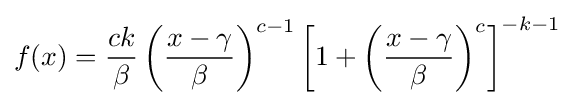
f(x)={\frac {ck}{\beta }}\left({\frac {x-\gamma }{\beta }}\right)^{c-1}\left[1+\left({\frac {x-\gamma }{\beta }}\right)^{c}\right]^{-k-1}